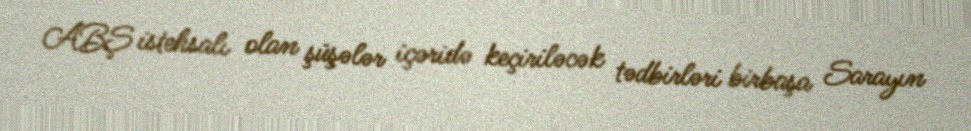
ABŞ istehsalı olan şüşələr içəridə keçiriləcək tədbirləri birbaşa Sarayın